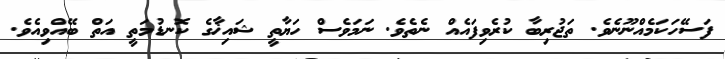
ފަސޭހަކަމެއްނޫނެވެ. ތަޖުރިބާ ކުރެވިފައެއް ނެތެވެ. ނަމަވެސް ހަޔާތީ ޝައިޚާގެ ކޮނޑުމަތީ އަތް ބޭއްވިއެވެ.